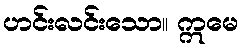
ဟင်းလင်းသော။ ဣမေ